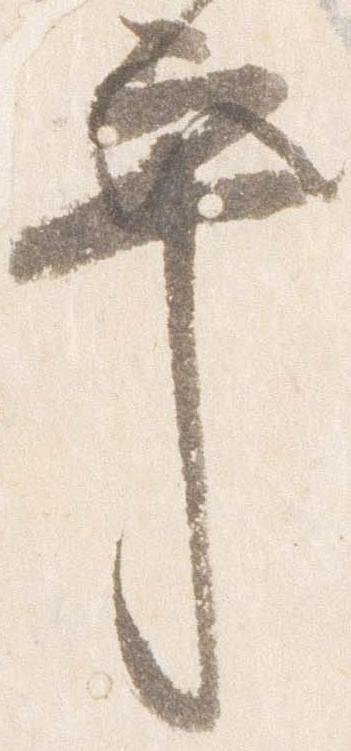
乎